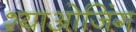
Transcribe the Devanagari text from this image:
श्याओजिंग